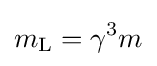
m_{\text{L}}=\gamma ^{3}m